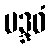
မဒ္ဒဝံ